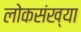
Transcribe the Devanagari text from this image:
लोकसंख्‍या